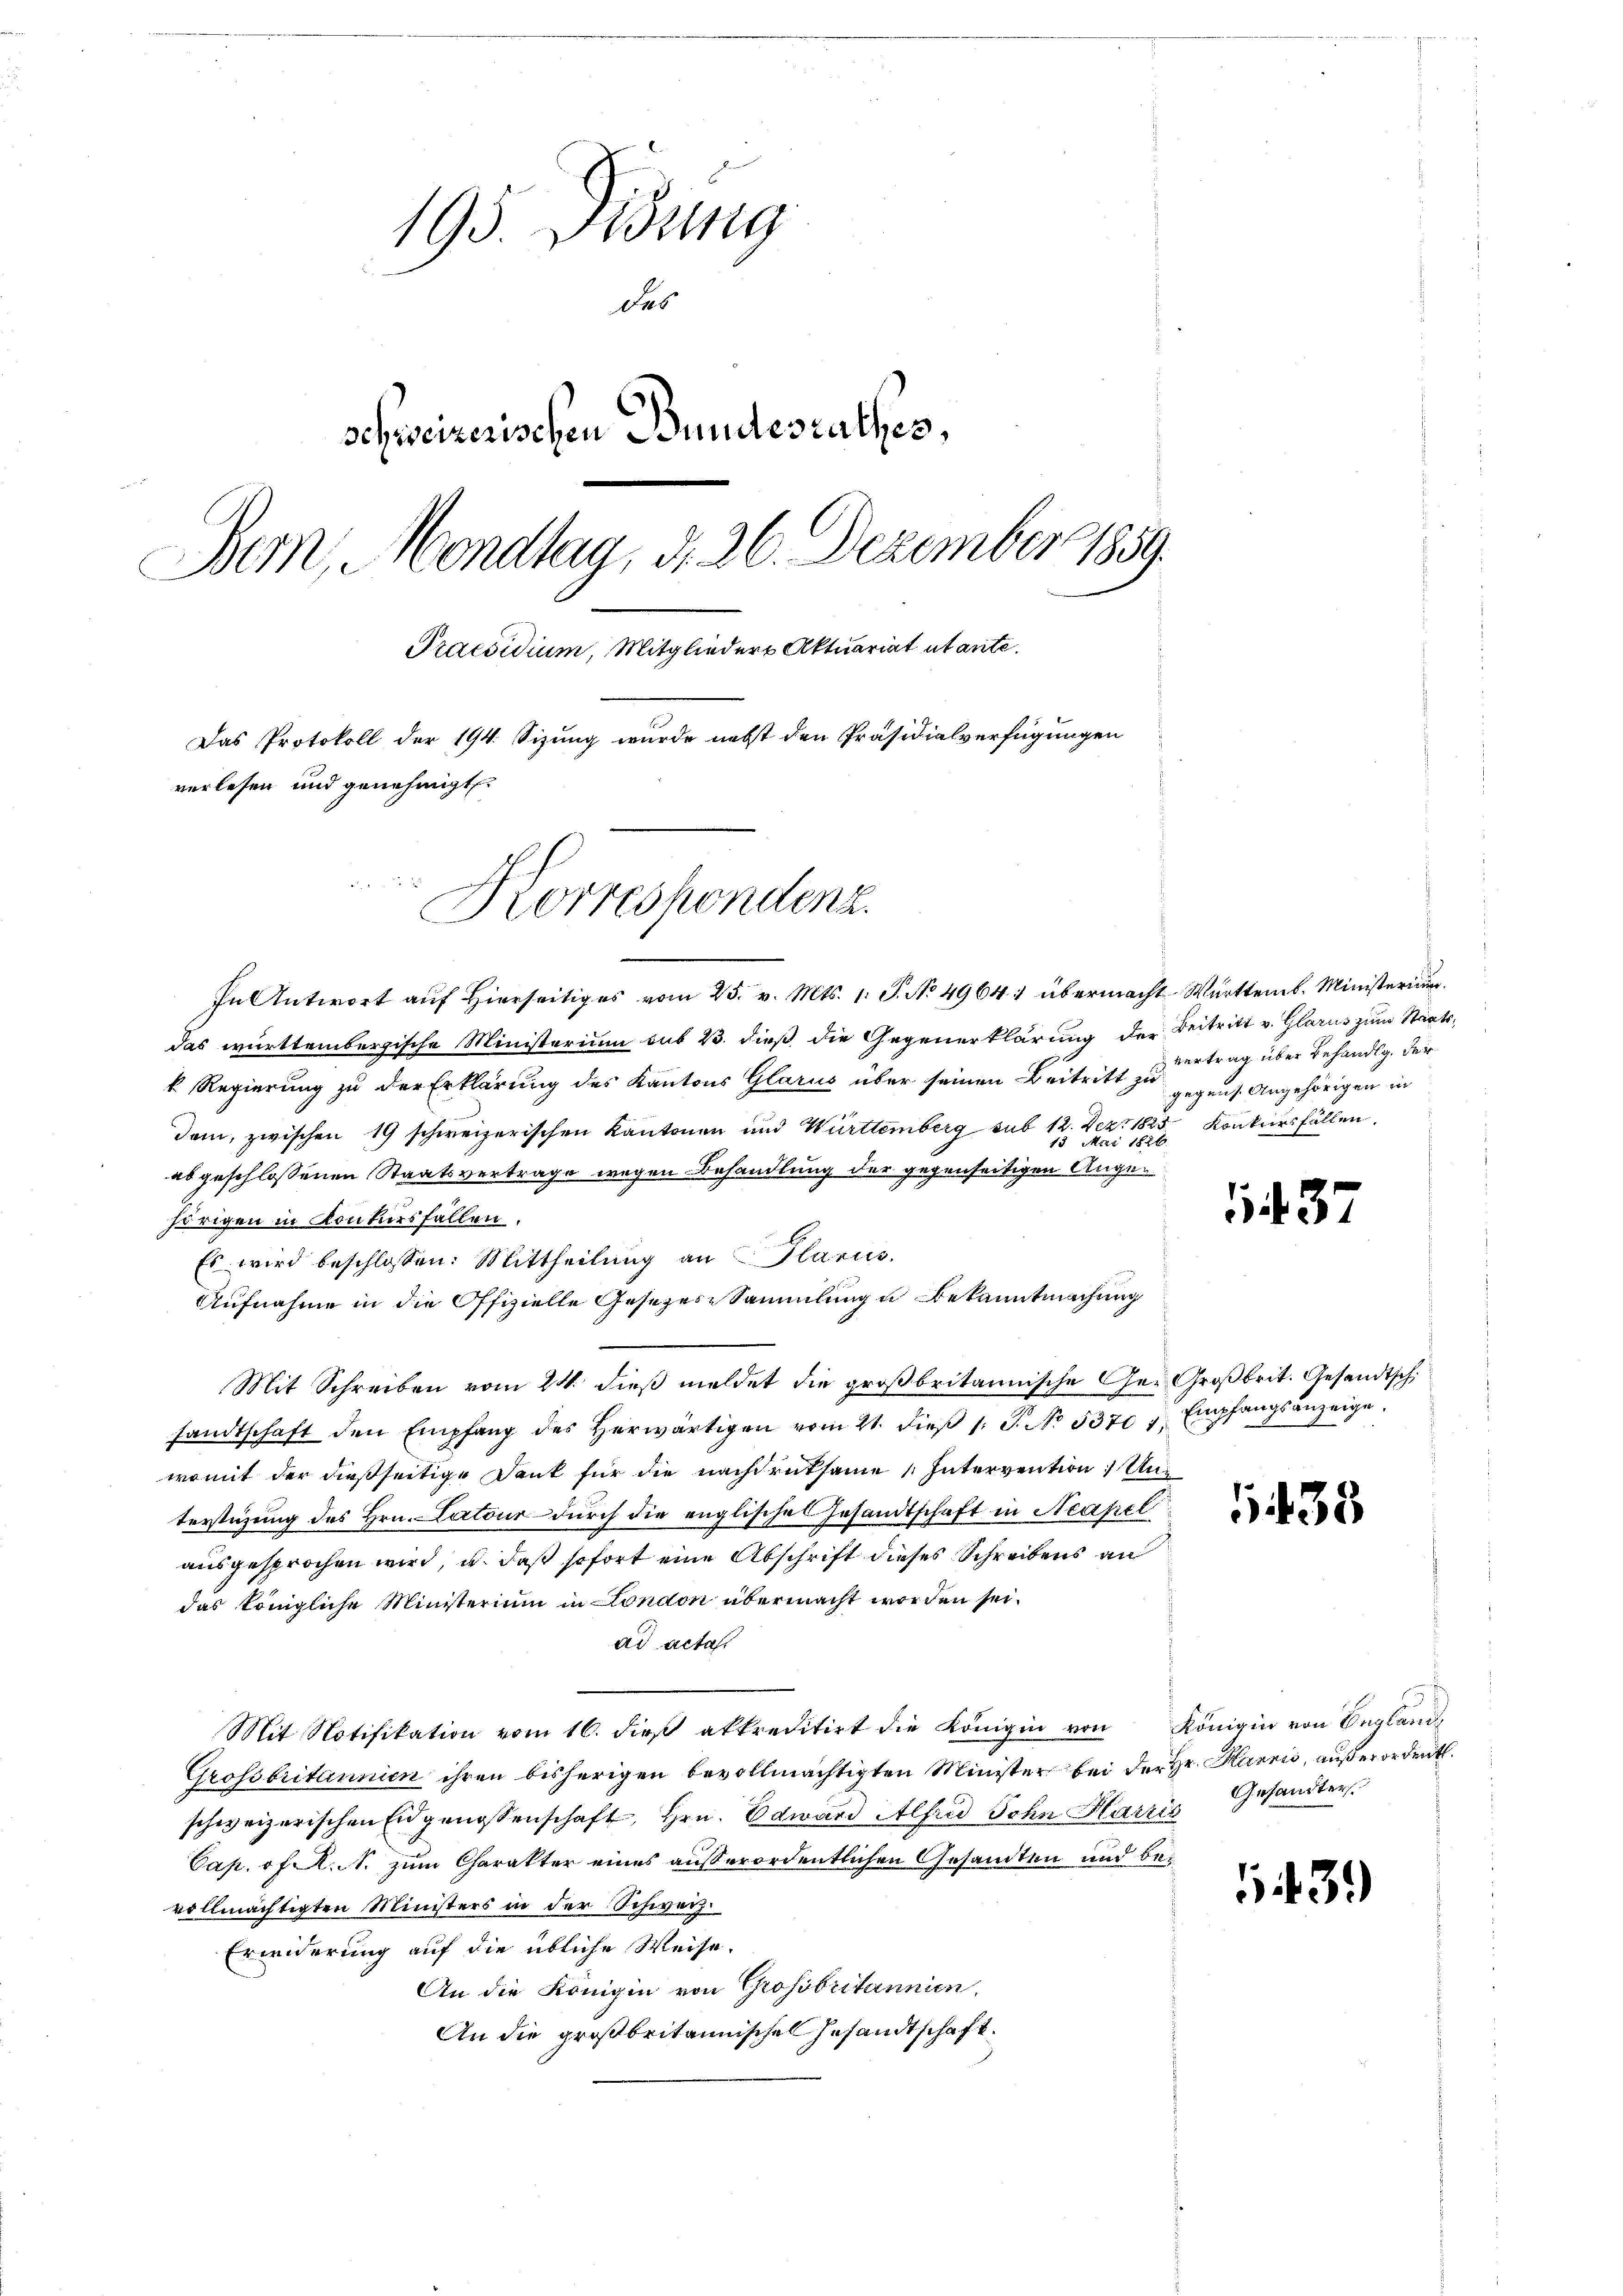
193 Didung
des
schweizerischen Bundesrathes,
Bern, Mondlag, d. 26. Dezember 1859.
Praesidium, Mitglieder Aktuariat utante.
Das Protokoll der 194. Sizung wurde nebst den Präsidialverfügungen
verlesen und genehmigt
Korrespondenz

In Antwort auf hierseitiges vom 25. v. Mts. 1. P. No 4964. übermacht. Württemb. Ministerium.
das württembergische Ministerium sub 23. dieß die Gegenerklärung der Beitritt v. Glarus zum Staatsk Regierung zu der Erklärung des Kantons Glarus über seinen Beitritt zu
Dem, zwischen 19 schweizerischen Kantonen und Württemberg sub 12. Dez. 1825 Konkursfällen.
15 Mai 1826.
abgeschlossenen Staatsvertrage wegen Behandlung der gegenseitigen Angehörigen in Konkursfallen.
Es wird beschlossen: Mittheilŭng an Glarus,
Aufnahme in die Offizielle Gesezes-Sammlung u Bekanntmachung
Mit Schreiben vom 24. dieß meldet die großbritannische Ger. Großbrit. Gesandtsch
sandtschaft den Empfang des herwärtigen vom 21. dieβ l. J. No. 5370 " Empfangsanzeige
womit der dießseitige Dank für die nachdruksame Intervention; Unterstüzung des Hrn. Cartour durch die englisches Gesandtschaft in Neapel
ausgesprochen wird, u. daß sofort eine Abschrift dieses Schreibens an
das königliche Ministerium in London übermacht worden sei.
ad acta.
Mit Notifikation vom 16. dieβ akkreditirt die Königin von Königin von England
Grossbritannien ihren bisherigen bevollmächtigten Minister bei der Hr. Harrio, außerordent.
schweizerischen Eidgenossenschaft, Hrn. Edward Alfred Sohn Harris
Cap. Pf. S. zum Charakter eines außerordentlichen Gesandten und bevollmächtigten Ministers in der Schweiz.
Erwiderung auf die übliche Weise,
An die Königin von Grossbritannien,
An die großbritannischen Gesandtschaft¬

vertrag über behändig, der
gegens. Angehörigen in

1437

438

Gesandter

43.)